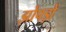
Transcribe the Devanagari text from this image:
झोंपड़ों